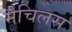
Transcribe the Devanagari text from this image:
मैचिलस